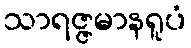
သာရဇ္ဇမာနရူပံ